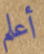
أعلم